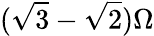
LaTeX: (\sqrt{3}-\sqrt{2})\Omega